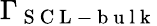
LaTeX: \Gamma_{\mathrm{~S~C~L~-~b~u~l~k~}}